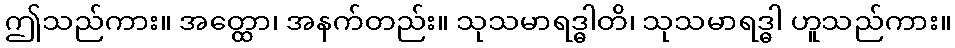
ဤသည်ကား။ အတ္ထော၊ အနက်တည်း။ သုသမာရဒ္ဓါတိ၊ သုသမာရဒ္ဓါ ဟူသည်ကား။